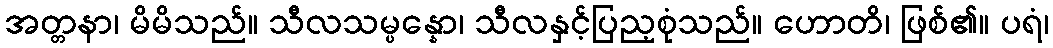
အတ္တနာ၊ မိမိသည်။ သီလသမ္ပန္နော၊ သီလနှင့်ပြည့စုံသည်။ ဟောတိ၊ ဖြစ်၏။ ပရံ၊